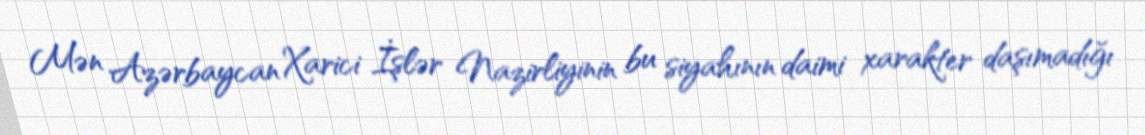
Mən Azərbaycan Xarici İşlər Nazirliyinin bu siyahının daimi xarakter daşımadığı